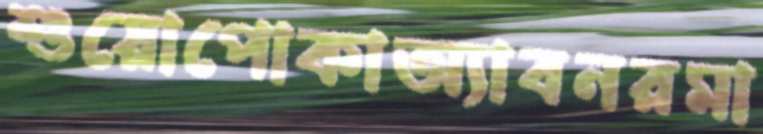
শুয়োপোকাঅ্যাবনরমা